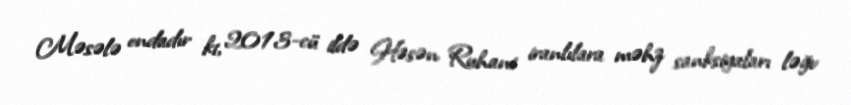
Məsələ ondadır ki, 2013-cü ildə Həsən Ruhani iranlılara məhz sanksiyaları ləğv